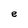
Character: e